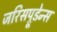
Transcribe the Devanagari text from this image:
जरिसप्रूडेन्स